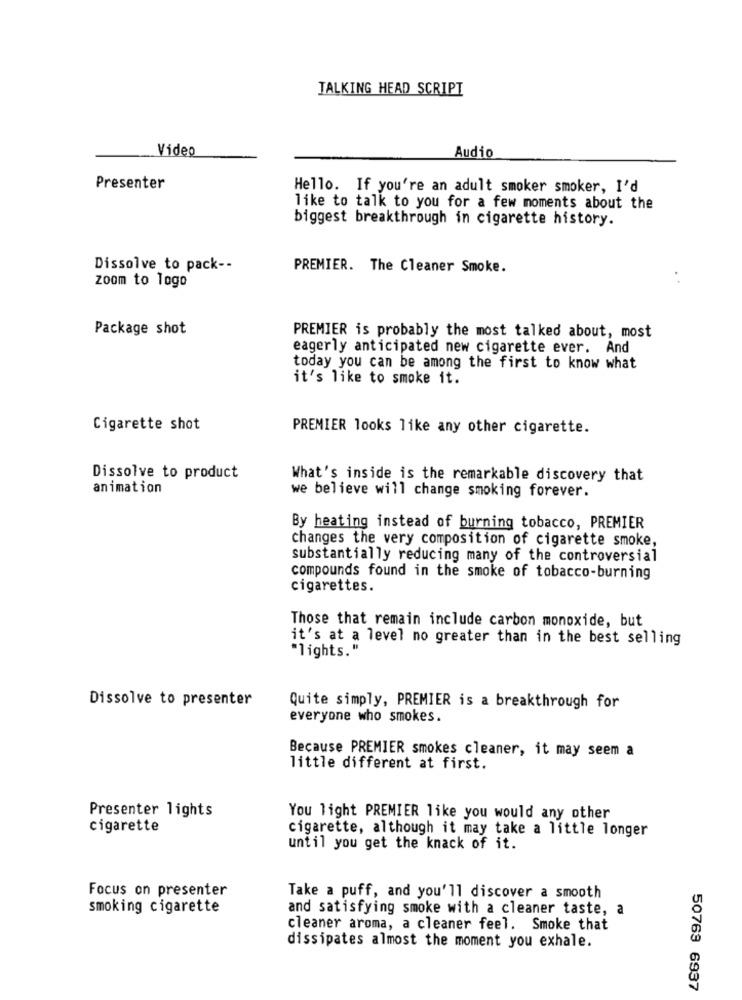
TALKING HEAD SCRIPT
Video
Audio
Presenter
Hello. If you're an adult smoker smoker, I'd
like to talk to you for a few moments about the
biggest breakthrough in cigarette history.
Dissolve to pack --
PREMIER. The Cleaner Smoke.
zoom to logo
Package shot
PREMIER is probably the most talked about, most
eagerly anticipated new cigarette ever. And
today you can be among the first to know what
it's like to smoke it.
Cigarette shot
PREMIER looks like any other cigarette.
Dissolve to product
What's inside is the remarkable discovery that
animation
we believe will change smoking forever.
By heating instead of burning tobacco, PREMIER
changes the very composition of cigarette smoke,
substantially reducing many of the controversial
compounds found in the smoke of tobacco-burning
cigarettes.
Those that remain include carbon monoxide, but
it's at a level no greater than in the best selling
"lights."
Dissolve to presenter
Quite simply, PREMIER is a breakthrough for
everyone who smokes.
Because PREMIER smokes cleaner, it may seem a
little different at first.
Presenter lights
You light PREMIER like you would any other
cigarette
cigarette, although it may take a little longer
until you get the knack of it.
Focus on presenter
Take a puff, and you'll discover a smooth
smoking cigarette
and satisfying smoke with a cleaner taste, a
cleaner aroma, a cleaner feel. Smoke that
dissipates almost the moment you exhale.
50763 6937